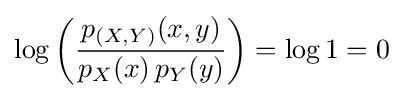
\log {\left({\frac {p_{(X,Y)}(x,y)}{p_{X}(x)\,p_{Y}(y)}}\right)}=\log 1=0